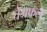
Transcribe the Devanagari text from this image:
तेजफल